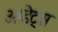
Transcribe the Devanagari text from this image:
ओडेट्स